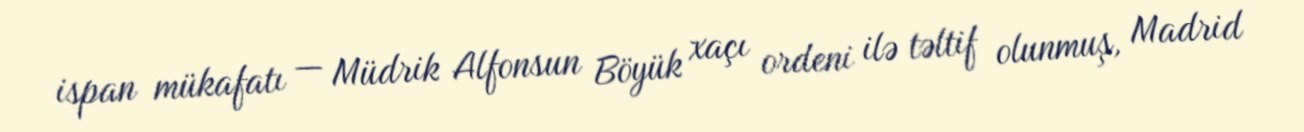
ispan mükafatı — Müdrik Alfonsun Böyük xaçı ordeni ilə təltif olunmuş, Madrid